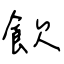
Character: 飲